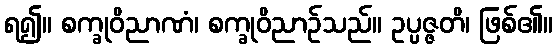
ရ၍။ စက္ခုဝိညာဏံ၊ စက္ခုဝိညာဉ်သည်။ ဥပ္ပဇ္ဇတိ၊ ဖြစ်၏။